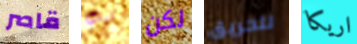
قاصر تيب لكن للحريق اريكا